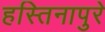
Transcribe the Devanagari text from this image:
हस्तिनापुरे